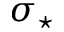
\sigma _ { \star }